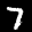
Label: 7